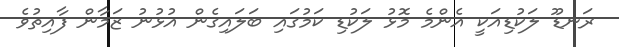
ރަނޑޫ ލަކުޑިއަކީ އެންމެ މޮޅު ލަކުޑި ކަމުގައި ބަލައިގެން އުޅުނު ޒަމާން ފާއިތުވެ